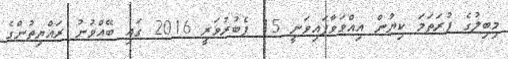
މިބިލުގެ ފުރަތަމަ ކިޔުން އިއްވަވާފައިވަނީ 15 ފެބުރުވަރީ 2016 ގައި ބޭއްވުނު ރައްޔިތުންގެ